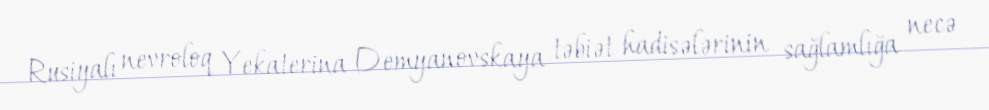
Rusiyalı nevroloq Yekaterina Demyanovskaya təbiət hadisələrinin sağlamlığa necə